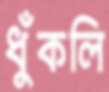
ধুঁকলি